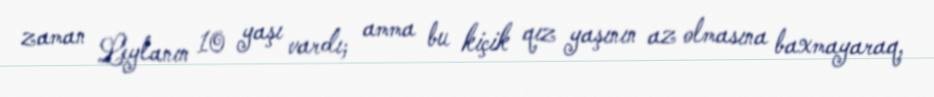
zaman Leylanın 10 yaşı vardı; amma bu kiçik qız yaşının az olmasına baxmayaraq,